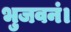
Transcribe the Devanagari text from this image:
भुजवनं।